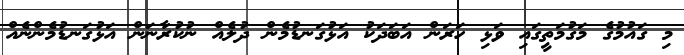
މި ގައުމުގެ މަގުމަތީގައި ވަޅި ހަރަން އަބަދަކު އަޅުގަނޑުމެން ދުލެއް ނުކުރާނަން އަޅުގަނޑުމެންނެއް